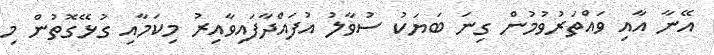
އޭނާ އާއި ވައްތަރުވުމުން ގިނަ ބަޔަކު ސުވާލު އުފައްދާފައިވާއިރު މިކަމާއި ގުޅޭގޮތުން މި